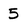
Character: 5